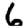
Digit: 6